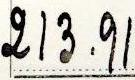
213.91